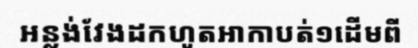
អន្លង់វែងដកហូតអាកាបត់១ដើមពី